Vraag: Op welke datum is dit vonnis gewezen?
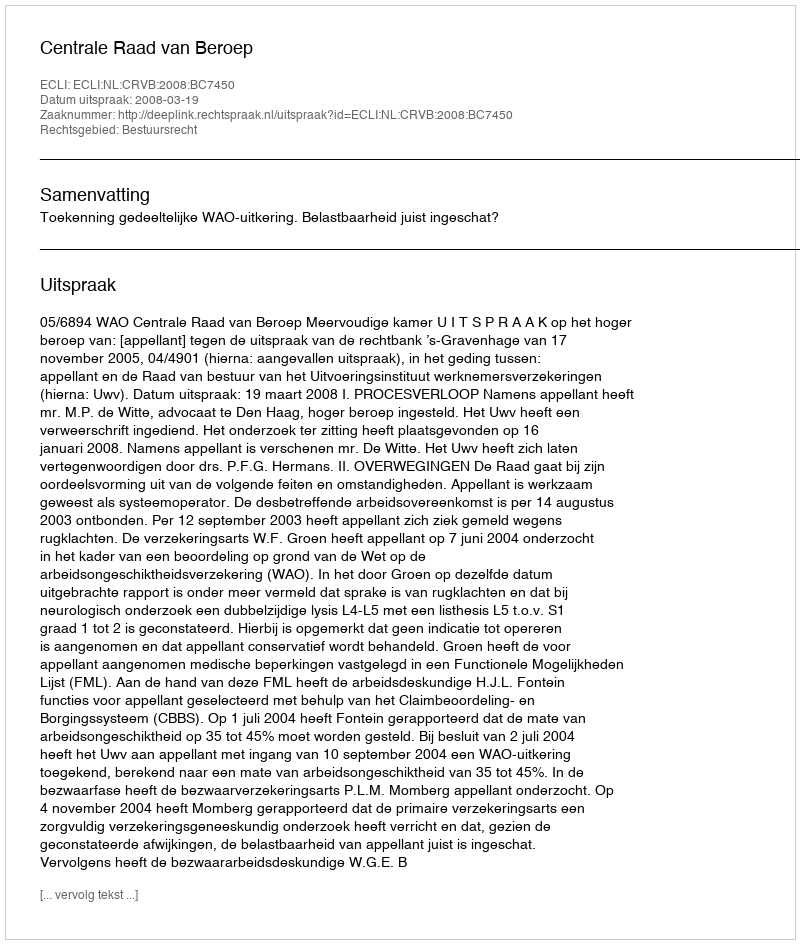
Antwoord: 2008-03-19